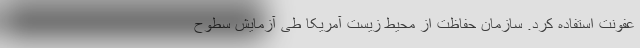
عفونت استفاده کرد. سازمان حفاظت از محیط زیست آمریکا طی آزمایش سطوح